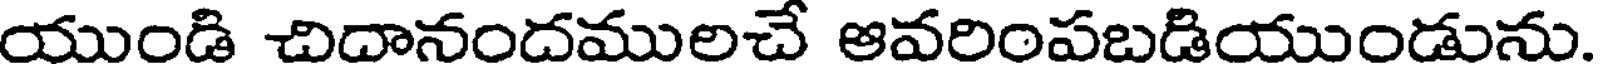
యుండి చిదానందములచే ఆవరింపబడియుండును